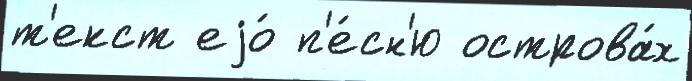
т'екст еjо́ п'е́сн'ю острова́х